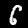
Digit: 6